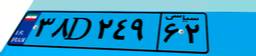
۳۸D۲۴۹۶۲